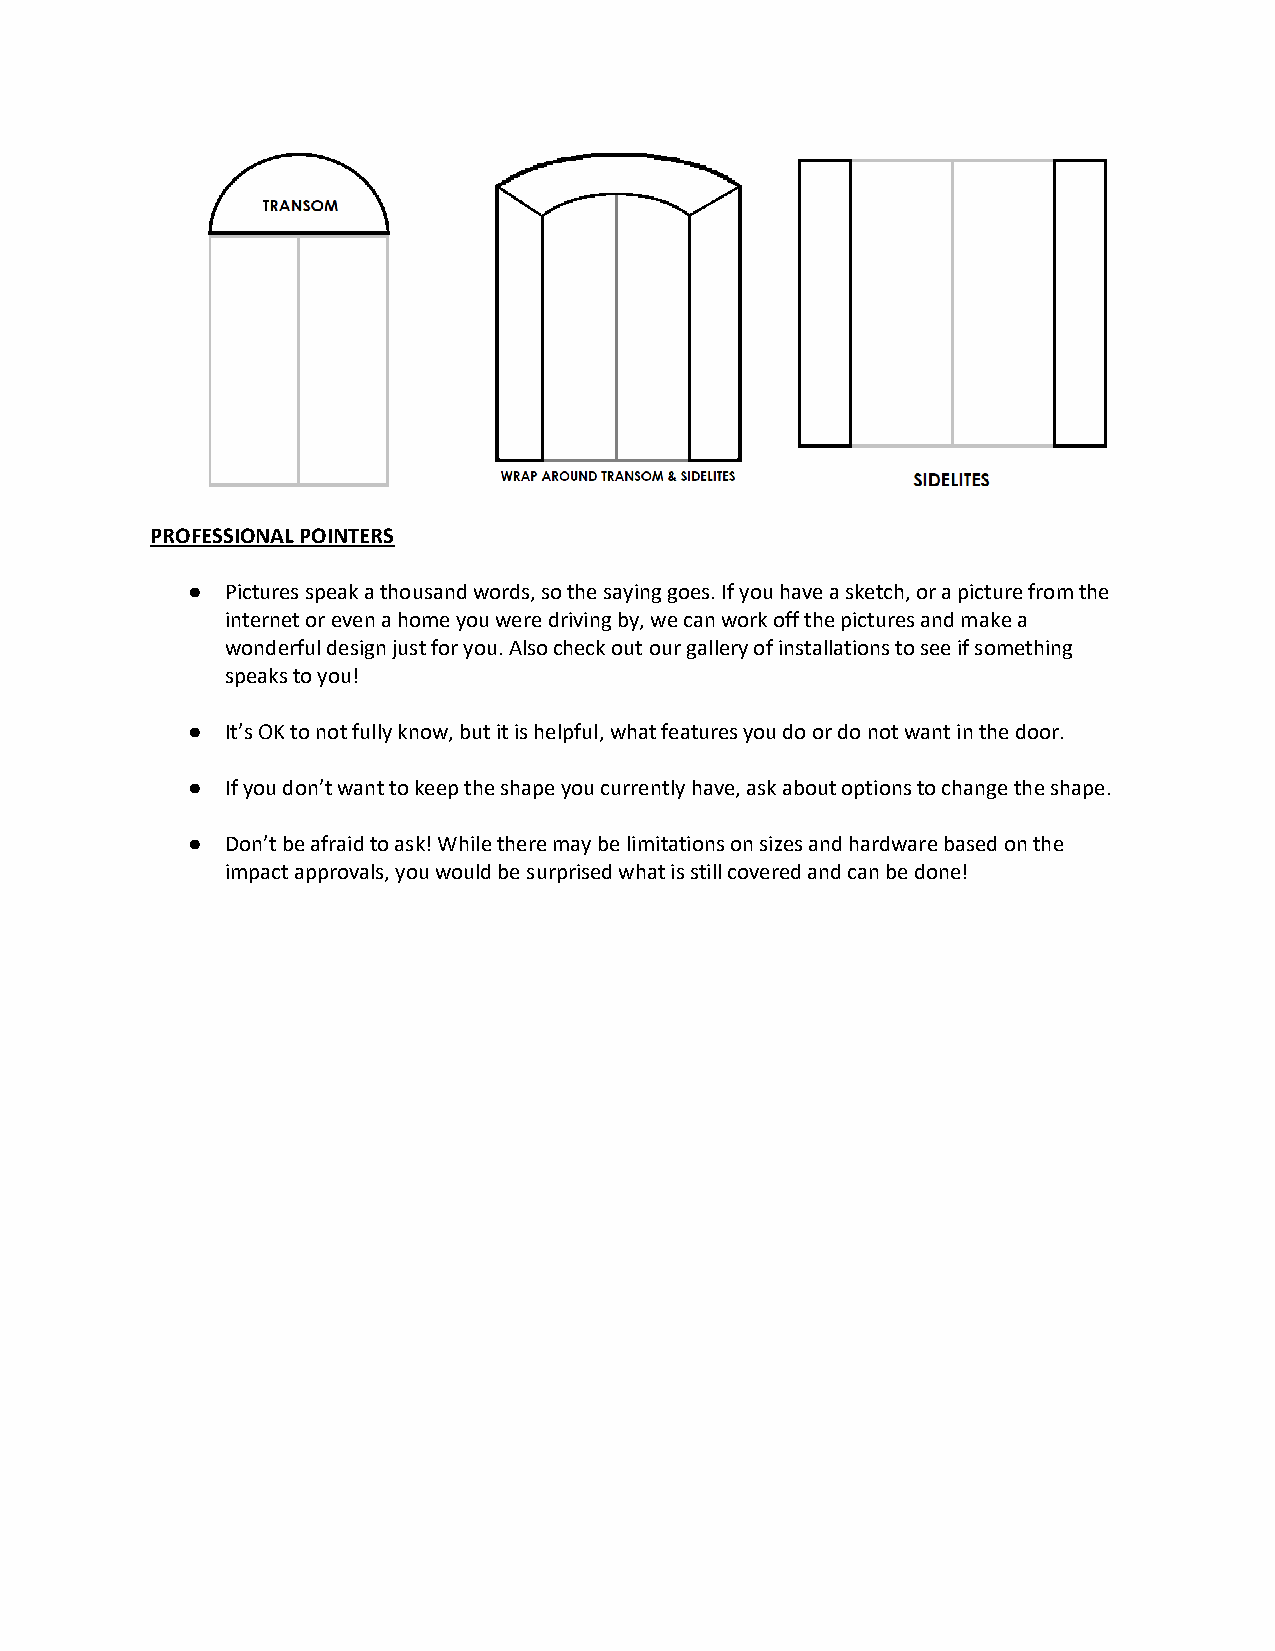
PROFESSIONAL POINTERS
 ●  Pictures speak a thousand words, so the saying goes. If you have a sketch, or a picture from the
 internet or even a home you were driving by, we can work off the pictures and make a
 wonderful design just for you. Also check out our gallery of installations to see if something
 speaks to you!
 ●  It’s OK to not fully know, but it is helpful, what features you do or do not want in the door.
 ●  If you don’t want to keep the shape you currently have, ask about options to change the shape.
 ●  Don’t be afraid to ask! While there may be limitations on sizes and hardware based on the
 impact approvals, you would be surprised what is still covered and can be done!